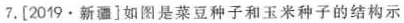
7.[2019·新疆]如图是菜豆种子和玉米种子的结构示